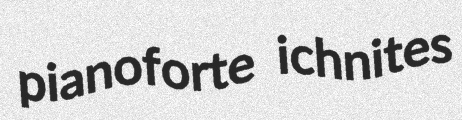
pianoforte ichnites